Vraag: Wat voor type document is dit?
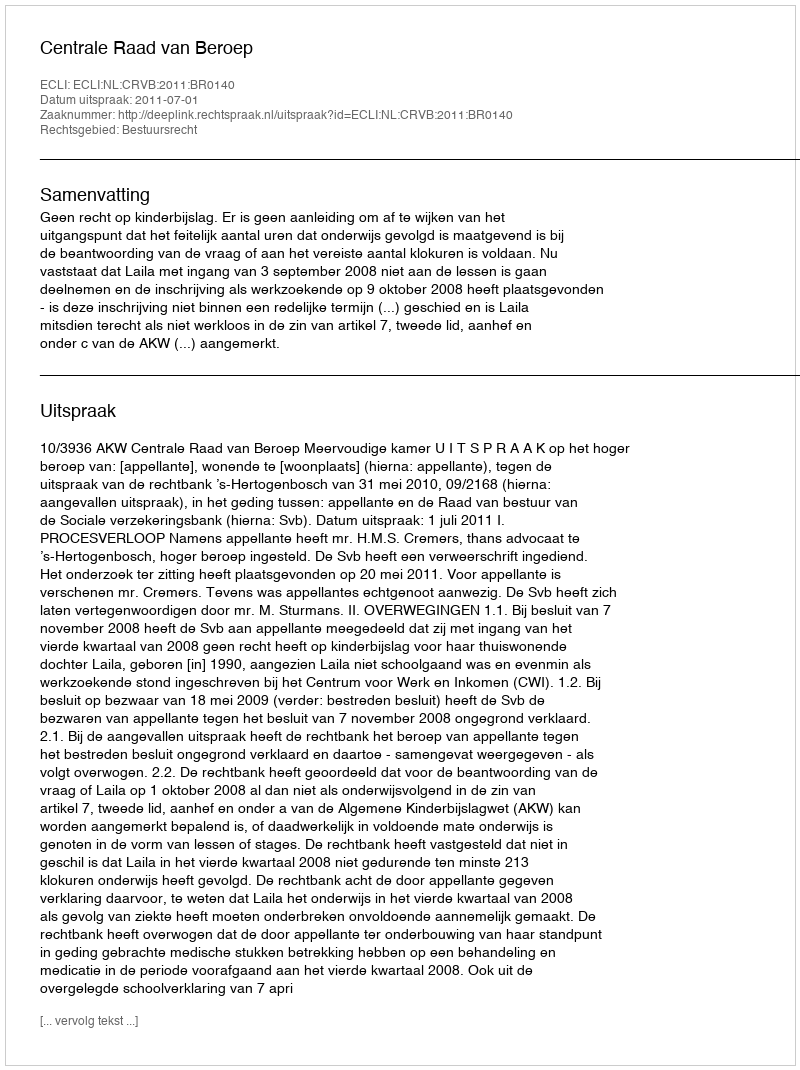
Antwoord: Uitspraak